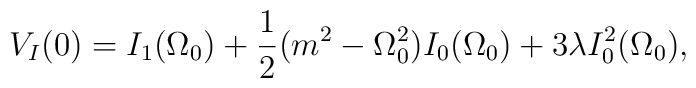
V_{I}(0)=I_{1}(\Omega_{0})+\frac{1}{2}(m^2-\Omega_{0}^2)I_{0}(\Omega_{0})+3\lambda I_{0}^2(\Omega_{0}),